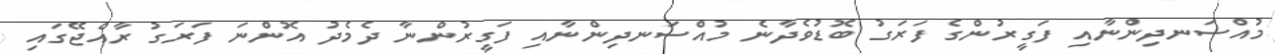
މުއްސަނދިންނާއި ފަގީރުންގެ ފަރަގު ބޮޑުވެދާނެ މުއްސަނދިންނާއި ފަގީރުންނާ ދެމެދު އޮންނަ ފަރަގު ރާއްޖޭގައި